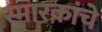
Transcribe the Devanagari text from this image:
स्मारकांचे